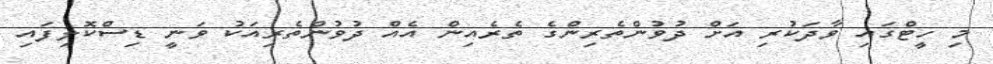
މި ހީޓްގައި ވާދަކުރި އަށް ދުވުންތެރިންގެ ތެރެއިން އެއް ދުވުންތެރިއަކު ވަނީ ޑިސްކޮލިފައި